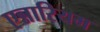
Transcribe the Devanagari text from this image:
एन्नारियम